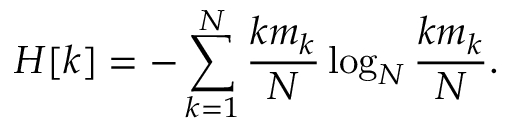
H [ k ] = - \sum _ { k = 1 } ^ { N } \frac { k m _ { k } } { N } \log _ { N } { \frac { k m _ { k } } { N } } .